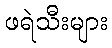
ဖရဲသီးများ